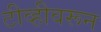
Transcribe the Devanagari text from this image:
टीव्हीवरून